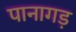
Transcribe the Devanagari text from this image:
पानागड़